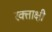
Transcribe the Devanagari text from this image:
रक्ताक्षी